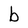
Character: b